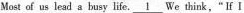
Most of us lead a busy life. \underline{1} We think," lf I